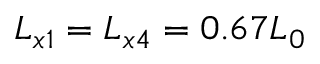
L _ { x 1 } = L _ { x 4 } = 0 . 6 7 L _ { 0 }